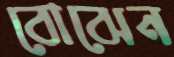
বোঝেন